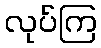
လုပ်ကြ